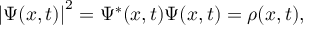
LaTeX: \left| \Psi ( x , t ) \right| ^ { 2 } = \Psi ^ { * } ( x , t ) \Psi ( x , t ) = \rho ( x , t ) ,